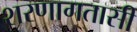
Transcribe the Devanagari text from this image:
शरणागतासी